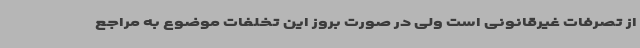
از تصرفات غیرقانونی است ولی در صورت بروز این تخلفات موضوع به مراجع